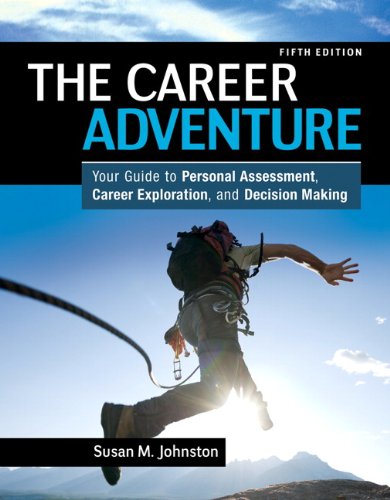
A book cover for The Career Adventure: Your Guide to Personal Assessment, Career Exploration, and Decision Making (5th Edition); Susan M. Johnston; Business & Money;